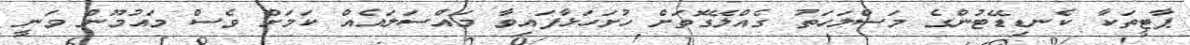
ޕާޓީތަކާ ކެނޑިޑޭޓުންގެ މަސްލަހަތު ގެއްލޭގޮތަށް ހުށަހަޅާފައިވާ މައްސަލައެއް ކަމަށް ވެސް މައުމޫން ވަނީ